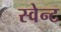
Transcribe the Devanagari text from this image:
स्वेन्ट